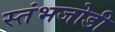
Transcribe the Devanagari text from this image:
स्तंभजोडी